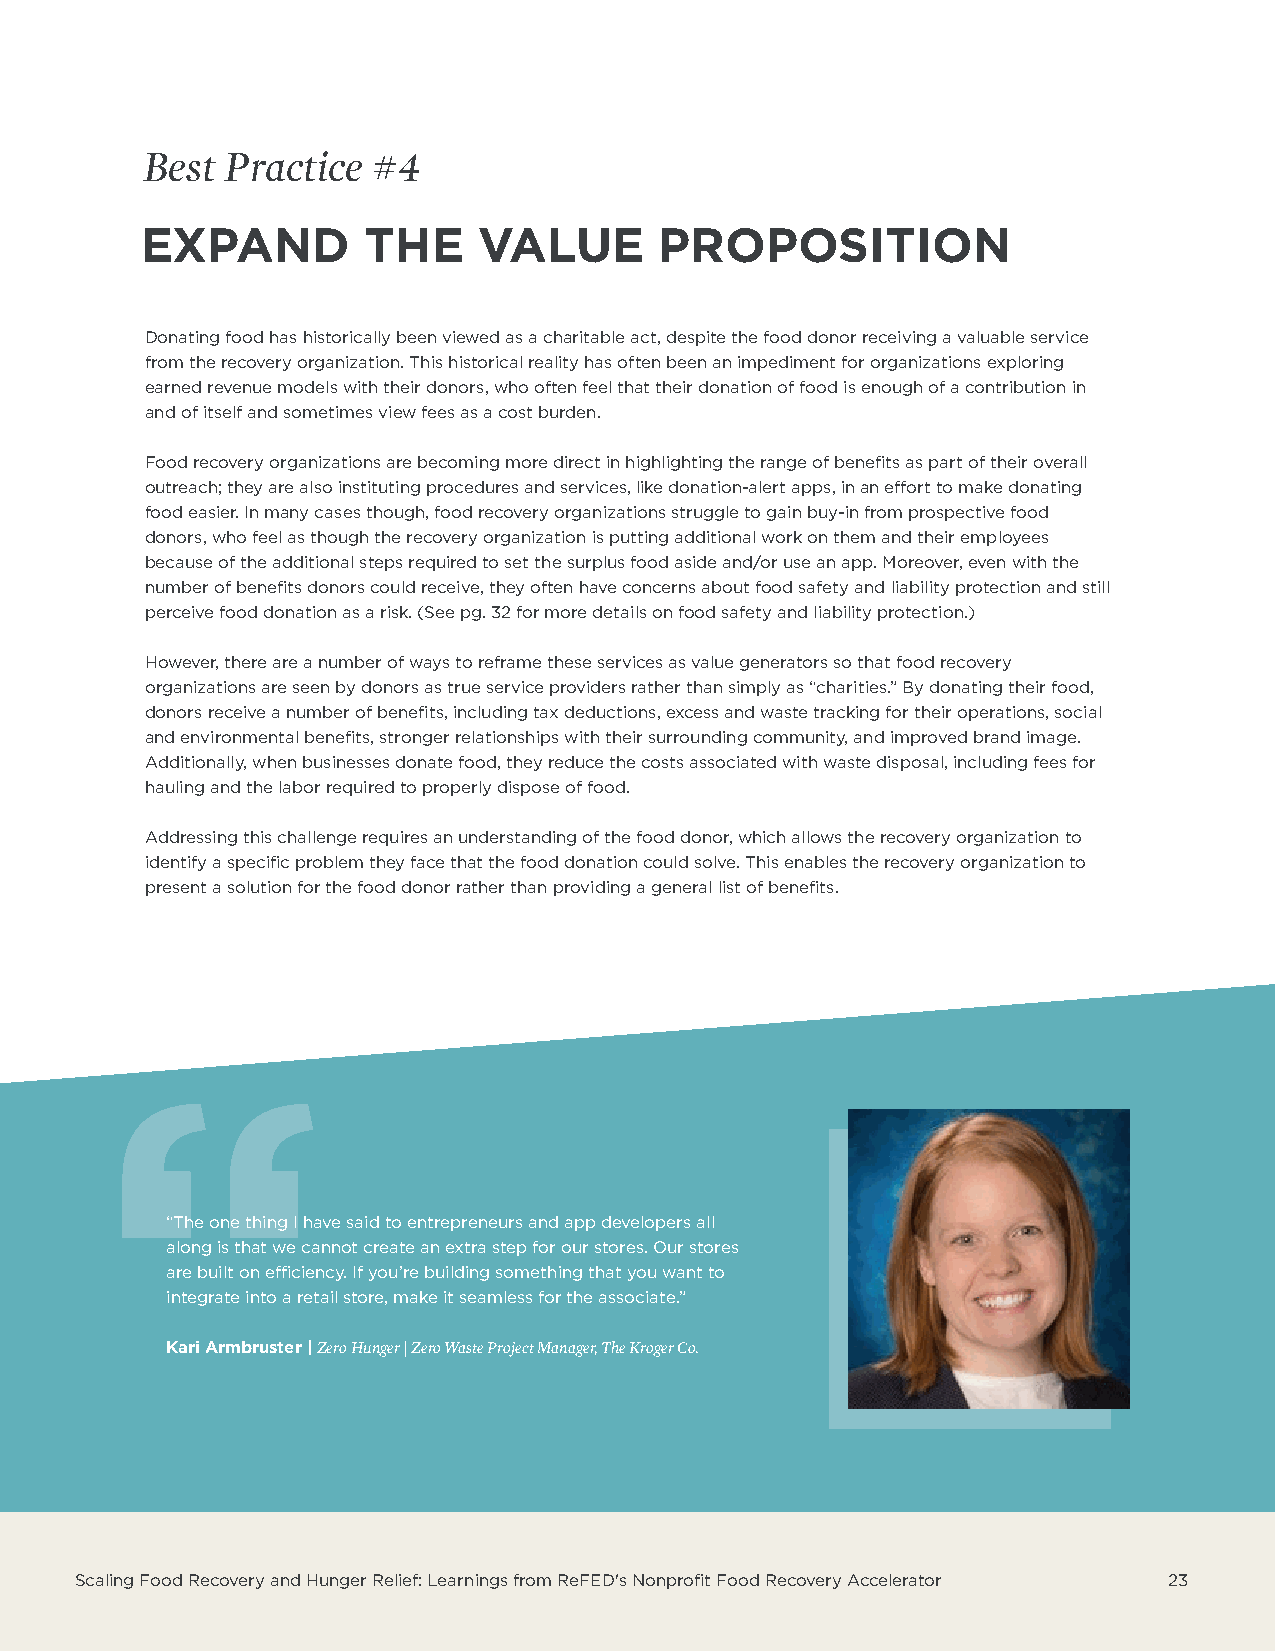
Best  Practice  #4
 EXPAND         THE     VALUE       PROPOSITION
 Donating food has historically been viewed as a charitable act, despite the food donor receiving a valuable service
 from the recovery organization. This historical reality has often been an impediment for organizations exploring
 earned revenue models with their donors, who often feel that their donation of food is enough of a contribution in
 and of itself and sometimes view fees as a cost burden.
 Food recovery organizations are becoming more direct in highlighting the range of benefits as part of their overall
 outreach; they are also instituting procedures and services, like donation-alert apps, in an effort to make donating
 food easier. In many cases though, food recovery organizations struggle to gain buy-in from prospective food
 donors, who feel as though the recovery organization is putting additional work on them and their employees
 because of the additional steps required to set the surplus food aside and/or use an app. Moreover, even with the
 number of benefits donors could receive, they often have concerns about food safety and liability protection and still
 perceive food donation as a risk. (See pg. 32 for more details on food safety and liability protection.)
 However, there are a number of ways to reframe these services as value generators so that food recovery
 organizations are seen by donors as true service providers rather than simply as “charities.” By donating their food,
 donors receive a number of benefits, including tax deductions, excess and waste tracking for their operations, social
 and environmental benefits, stronger relationships with their surrounding community, and improved brand image.
 Additionally, when businesses donate food, they reduce the costs associated with waste disposal, including fees for
 hauling and the labor required to properly dispose of food.
 Addressing this challenge requires an understanding of the food donor, which allows the recovery organization to
 identify a specific problem they face that the food donation could solve. This enables the recovery organization to
 present a solution for the food donor rather than providing a general list of benefits.
 “The one thing I have said to entrepreneurs and app developers all
 along is that we cannot create an extra step for our stores. Our stores
 are built on efficiency. If you’re building something that you want to
 integrate into a retail store, make it seamless for the associate.”
 Kari Armbruster | Zero Hunger | Zero Waste Project Manager, The Kroger Co.
 RSceaFlEinDg F| oRoedF ERDe’cso Nveornyp aronfdit HFuonogde Rr eRceoliveef:r yL eAacrcneinlegrsa tfororm ReFED's Nonprofit Food Recovery Accelerator 323